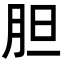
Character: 胆